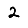
Digit: 2